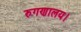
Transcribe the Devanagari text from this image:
रुगणालय।